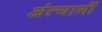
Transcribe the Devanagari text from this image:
अंत्यागों